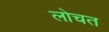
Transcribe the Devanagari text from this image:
लोचत